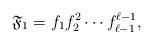
LaTeX: \begin{align*}\mathfrak{F}_{1} = f_1 f_2^2 \cdots f_{\ell-1}^{\ell-1},\end{align*}